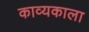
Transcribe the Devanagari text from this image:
काव्यकाला